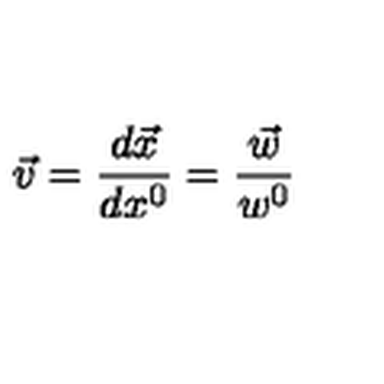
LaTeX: \vec { v } = \frac { d \vec { x } } { d x ^ { 0 } } = \frac { \vec { w } } { w ^ { 0 } }